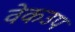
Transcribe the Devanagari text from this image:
वेकउप